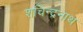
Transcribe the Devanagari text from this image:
शचिन्द्रनाथ